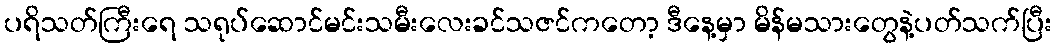
ပရိသတ်ကြီးရေ သရုပ်ဆောင်မင်းသမီးလေးခင်သဇင်ကတော့ ဒီနေ့မှာ မိန်မသားတွေနဲ့ပတ်သက်ပြီး